Lunatic asylums Madras 1892-1911 - 1892-1911
Year: 1892
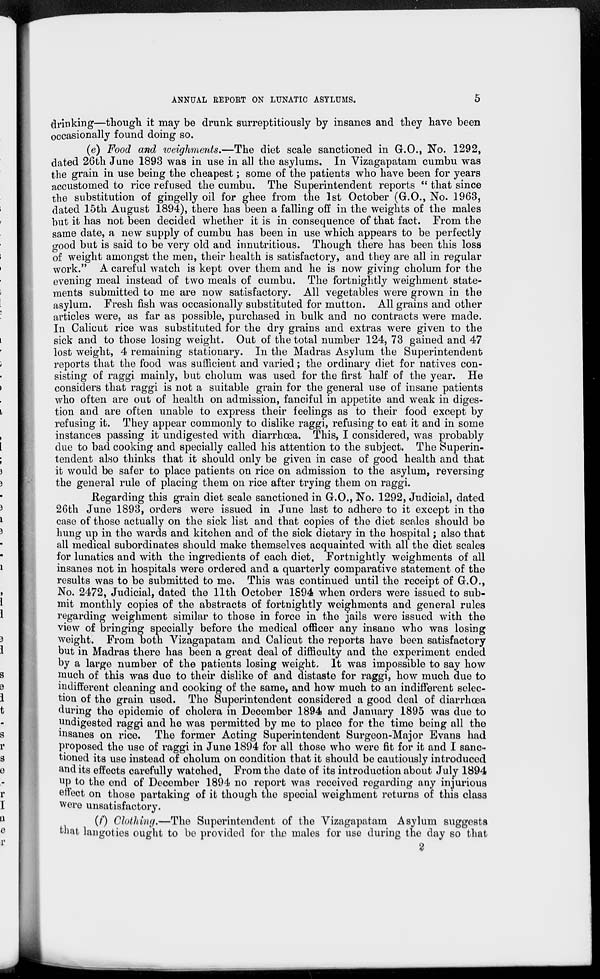
ANNUAL REPORT ON LUNATIC ASYLUMS.
5
drinking—though it may be drunk surreptitiously by insanes and they have been
occasionally found doing so.
(e) Food and weighments.—The diet scale sanctioned in G.O., No. 1292,
dated 26th June 1893 was in use in all the asylums. In Vizagapatam cumbu was
the grain in use being the cheapest; some of the patients who have been for years
accustomed to rice refused the cumbu. The Superintendent reports "that since
the substitution of gingelly oil for ghee from the 1st October (G.O., No. 1963,
dated 15th August 1894), there has been a falling off in the weights of the males
but it has not been decided whether it is in consequence of that fact. From the
same date, a new supply of cumbu has been in use which appears to be perfectly
good but is said to be very old and innutritious. Though there has been this loss
of weight amongst the men, their health is satisfactory, and they are all in regular
work." A careful watch is kept over them and he is now giving cholum for the
evening meal instead of two meals of cumbu. The fortnightly weighment state-
ments submitted to me are now satisfactory. All vegetables were grown in the
asylum. Fresh fish was occasionally substituted for mutton. All grains and other
articles were, as far as possible, purchased in bulk and no contracts were made.
In Calicut rice was substituted for the dry grains and extras were given to the
sick and to those losing weight. Out of the total number 124, 73 gained and 47
lost weight, 4 remaining stationary. In the Madras Asylum the Superintendent
reports that the food was sufficient and varied; the ordinary diet for natives con-
sisting of raggi mainly, but cholum was used for the first half of the year. He
considers that raggi is not a suitable grain for the general use of insane patients
who often are out of health on admission, fanciful in appetite and weak in diges-
tion and are often unable to express their feelings as to their food except by
refusing it. They appear commonly to dislike raggi, refusing to eat it and in some
instances passing it undigested with diarrhœa. This, I considered, was probably
due to bad cooking and specially called his attention to the subject. The Superin-
tendent also thinks that it should only be given in case of good health and that
it would be safer to place patients on rice on admission to the asylum, reversing
the general rule of placing them on rice after trying them on raggi.
Regarding this grain diet scale sanctioned in G.O., No. 1292, Judicial, dated
26th June 1893, orders were issued in June last to adhere to it except in the
case of those actually on the sick list and that copies of the diet scales should be
hung up in the wards and kitchen and of the sick dietary in the hospital; also that
all medical subordinates should make themselves acquainted with all the diet scales
for lunatics and with the ingredients of each diet. Fortnightly weighments of all
insanes not in hospitals were ordered and a quarterly comparative statement of the
results was to be submitted to me. This was continued until the receipt of G.O.,
No. 2472, Judicial, dated the 11th October 1894 when orders were issued to sub-
mit monthly copies of the abstracts of fortnightly weighments and general rules
regarding weighment similar to those in force in the jails were issued with the
view of bringing specially before the medical officer any insane who was losing
weight. From both Vizagapatam and Calicut the reports have been satisfactory
but in Madras there has been a great deal of difficulty and the experiment ended
by a large number of the patients losing weight. It was impossible to say how
much of this was due to their dislike of and distaste for raggi, how much due to
indifferent cleaning and cooking of the same, and how much to an indifferent selec-
tion of the grain used. The Superintendent considered a good deal of diarrhoea
during the epidemic of cholera in December 1894 and January 1895 was due to
undigested raggi and he was permitted by me to place for the time being all the
insanes on rice. The former Acting Superintendent Surgeon-Major Evans had
proposed the use of raggi in June 1894 for all those who were fit for it and I sanc-
tioned its use instead of cholum on condition that it should be cautiously introduced
and its effects carefully watched. From the date of its introduction about July 1894
up to the end of December 1894 no report was received regarding any injurious
effect on those partaking of it though the special weighment returns of this class
were unsatisfactory.
(f) Clothing.—The Superintendent of the Vizagapatam Asylum suggests
that langoties ought to be provided for the males for use during the day so that
2